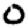
Digit: 0